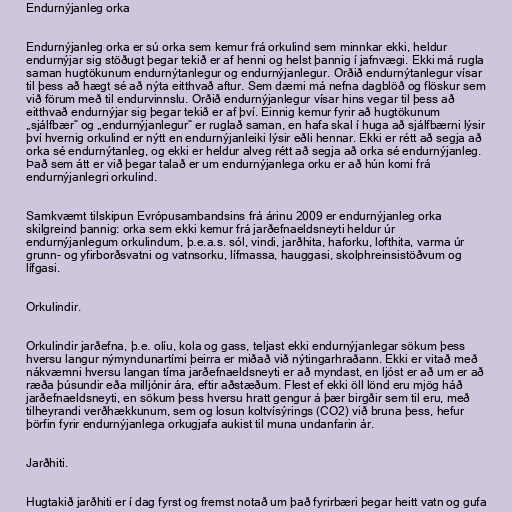
Endurnýjanleg orka

Endurnýjanleg orka er sú orka sem kemur frá orkulind sem minnkar ekki, heldur
endurnýjar sig stöðugt þegar tekið er af henni og helst þannig í jafnvægi. Ekki má rugla
saman hugtökunum endurnýtanlegur og endurnýjanlegur. Orðið endurnýtanlegur vísar
til þess að hægt sé að nýta eitthvað aftur. Sem dæmi má nefna dagblöð og flöskur sem
við förum með til endurvinnslu. Orðið endurnýjanlegur vísar hins vegar til þess að
eitthvað endurnýjar sig þegar tekið er af því. Einnig kemur fyrir að hugtökunum
„sjálfbær“ og „endurnýjanlegur“ er ruglað saman, en hafa skal í huga að sjálfbærni lýsir
því hvernig orkulind er nýtt en endurnýjanleiki lýsir eðli hennar. Ekki er rétt að segja að
orka sé endurnýtanleg, og ekki er heldur alveg rétt að segja að orka sé endurnýjanleg.
Það sem átt er við þegar talað er um endurnýjanlega orku er að hún komi frá
endurnýjanlegri orkulind.

Samkvæmt tilskipun Evrópusambandsins frá árinu 2009 er endurnýjanleg orka
skilgreind þannig: orka sem ekki kemur frá jarðefnaeldsneyti heldur úr
endurnýjanlegum orkulindum, þ.e.a.s. sól, vindi, jarðhita, haforku, lofthita, varma úr
grunn- og yfirborðsvatni og vatnsorku, lífmassa, hauggasi, skolphreinsistöðvum og
lífgasi.

Orkulindir.

Orkulindir jarðefna, þ.e. olíu, kola og gass, teljast ekki endurnýjanlegar sökum þess
hversu langur nýmyndunartími þeirra er miðað við nýtingarhraðann. Ekki er vitað með
nákvæmni hversu langan tíma jarðefnaeldsneyti er að myndast, en ljóst er að um er að
ræða þúsundir eða milljónir ára, eftir aðstæðum. Flest ef ekki öll lönd eru mjög háð
jarðefnaeldsneyti, en sökum þess hversu hratt gengur á þær birgðir sem til eru, með
tilheyrandi verðhækkunum, sem og losun koltvísýrings (CO2) við bruna þess, hefur
þörfin fyrir endurnýjanlega orkugjafa aukist til muna undanfarin ár.

Jarðhiti.

Hugtakið jarðhiti er í dag fyrst og fremst notað um það fyrirbæri þegar heitt vatn og gufa